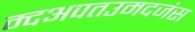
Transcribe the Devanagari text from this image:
म्दअपतउमदजंस